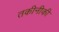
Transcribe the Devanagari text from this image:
तकीनीकी